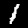
Digit: 1